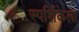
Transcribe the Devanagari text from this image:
स्पर्शिकेला